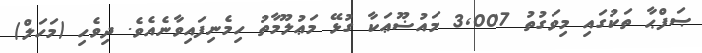
ޞަފްޙާ ތަކުގައި މިވަގުތު 3